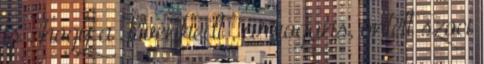
is , hogy a „kivénhedt , arrogáns, öntelt szoci